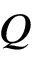
Q